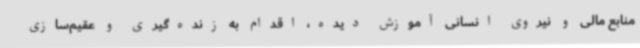
منابع مالی و نیروی انسانی آموزش دیده، اقدام به زنده‌گیری و عقیم‌سازی